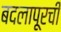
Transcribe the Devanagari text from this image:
बदलापूरची